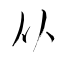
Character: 从